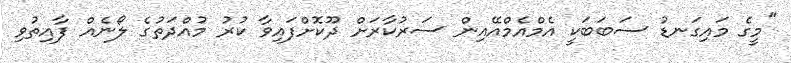
"މީގެ މައިގަނޑު ސަބަބަކީ އެމްއެމްއޭއިން ސަރުކާރަށް ދޫކޮށްފައިވާ ކުރު މުއްދަތުގެ ލޯނެއް ފާއިތުވި